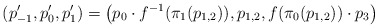
\begin{align*}(p'_{-1}, p'_0, p'_1) = \big(p_0 \cdot f^{-1}(\pi_1(p_{1,2})), p_{1,2}, f(\pi_0(p_{1,2}))\cdot p_3\big)\end{align*}